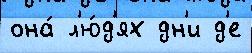
она́ л'ю́д'ях дн'и д'е